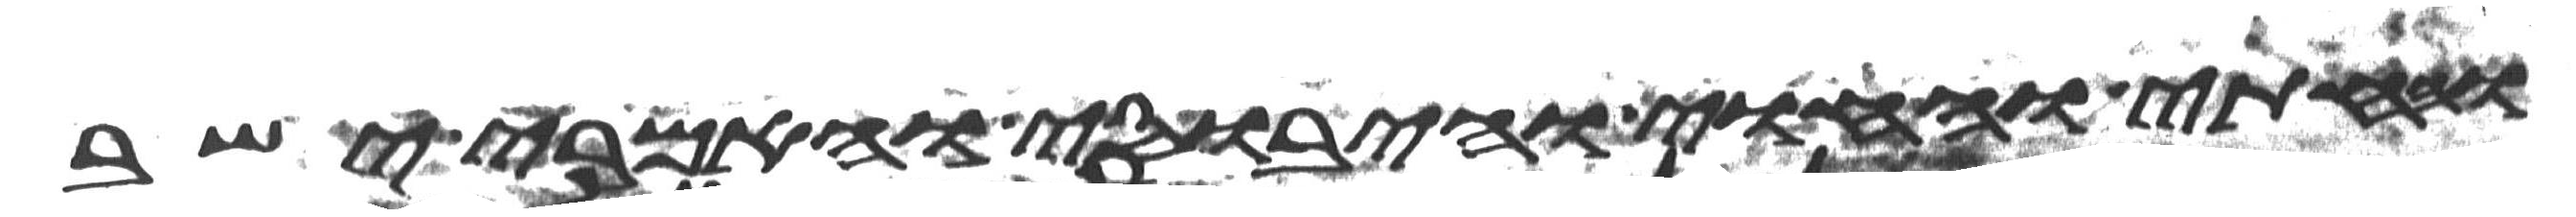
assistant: והחתי והחוי והיבוסי והאמרי ישב